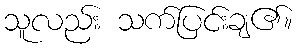
သူလည်း သက်ပြင်းချ၏။